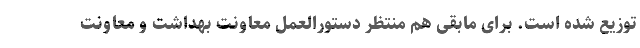
توزیع شده است. برای مابقی هم منتظر دستورالعمل معاونت بهداشت و معاونت